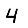
Digit: 4